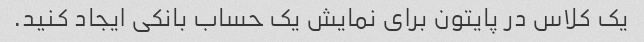
یک کلاس در پایتون برای نمایش یک حساب بانکی ایجاد کنید.